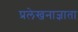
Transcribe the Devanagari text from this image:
प्रलेखनाज्ञाता